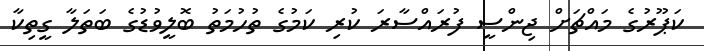
ކަޕޫރުގެ މައްޗަށް ޖިންސީ ފުރައްސާރަ ކުރި ކަމުގެ ތުހުމަތު ބޮލީވުޑުގެ ބަތަލާ ގީތިކާ